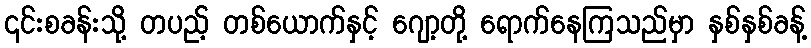
၎င်းစခန်းသို့ တပည့် တစ်ယောက်နှင့် ဂျော့တို့ ရောက်နေကြသည်မှာ နှစ်နှစ်ခန့်